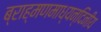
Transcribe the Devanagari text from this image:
ब्राह्मणमाध्यन्दिनीय